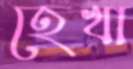
হেখা